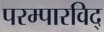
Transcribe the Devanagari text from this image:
परम्पारविद्